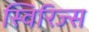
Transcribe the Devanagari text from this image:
स्विरिज्स